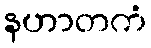
နဟာတကံ